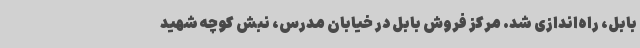
بابل، راه‌اندازی شد. مرکز فروش بابل در خیابان مدرس، نبش کوچه شهید